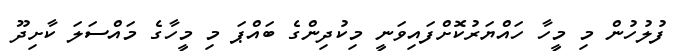
ފުލުހުން މި މީހާ ހައްޔަރުކޮށްފައިވަނީ މިކުދިންގެ ބައްޕަ މި މީހާގެ މައްސަލަ ކާށިދޫ